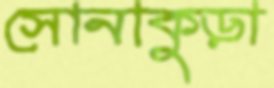
সোনাকুড়া